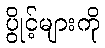
ပွိုင့်များကို